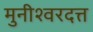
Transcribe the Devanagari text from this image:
मुनीश्वरदत्त